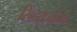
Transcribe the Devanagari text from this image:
सिंदराजांच्या